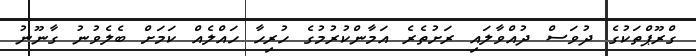
ގްރޫޕްތަކުގެ ދުވަސް ދުއްވާލައި ރަށުތެރެ އަމާންކުރުމުގެ ހުރިހާ ހައްލެއް ކަމަށް ބެލެވުނު ގާނޫނު